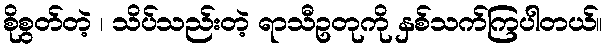
စိုစွတ်တဲ့ ၊ သိပ်သည်းတဲ့ ရာသီဥတုကို နှစ်သက်ကြပါတယ်။